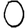
Digit: 0